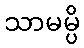
သာမမ္ပိ